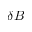
\delta B